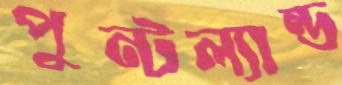
পুন্টল্যান্ড